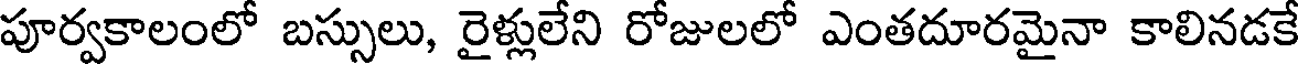
పూర్వకాలంలో బస్సులు, రైళ్లులేని రోజులలో ఎంతదూరమైనా కాలినడకే